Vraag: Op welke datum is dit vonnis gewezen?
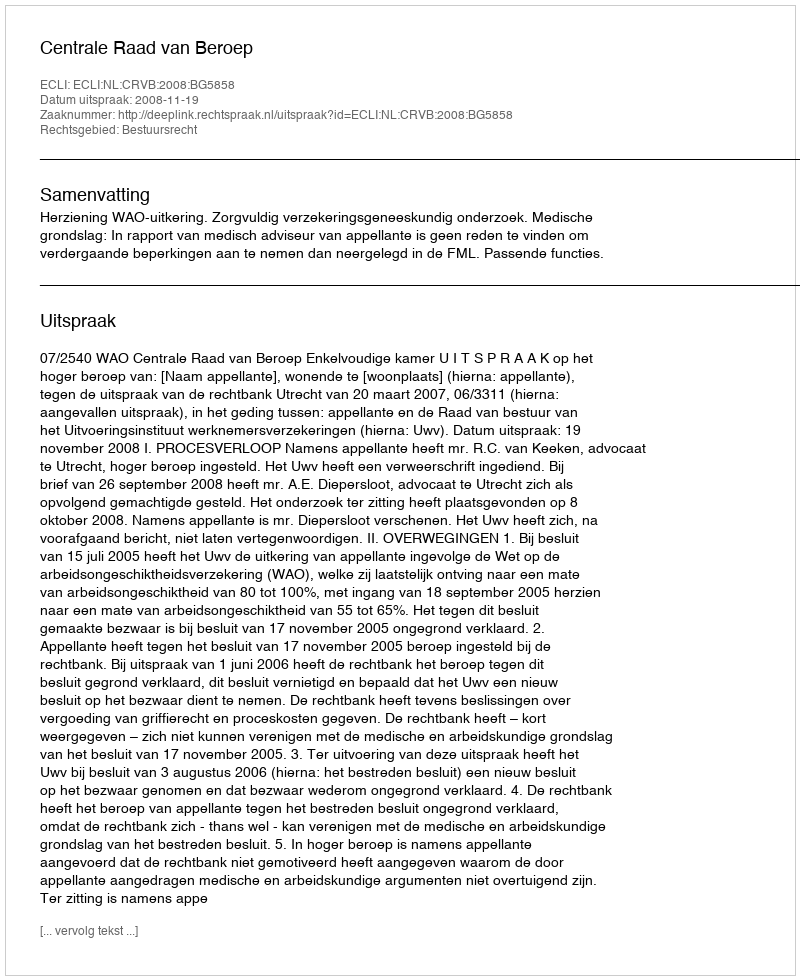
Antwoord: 2008-11-19